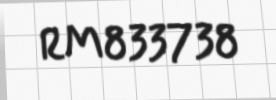
RM833738